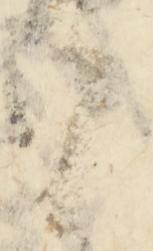
候